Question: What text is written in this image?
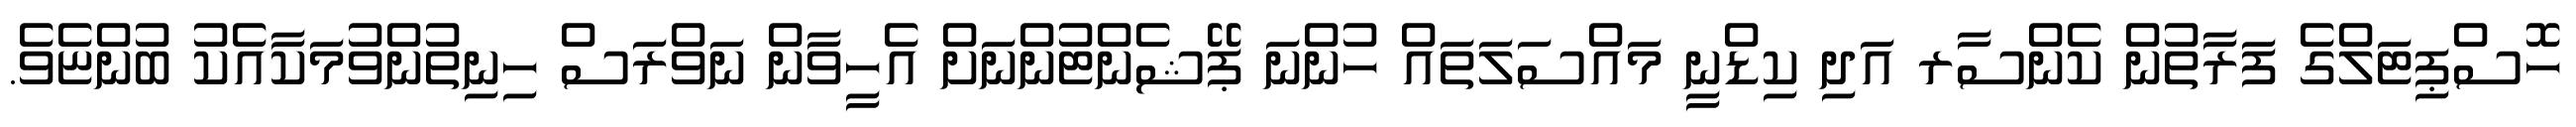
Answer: ހޮސްޕިޓަލްގެ ފަރާތުން ކެންސާރ އަދި ކިޑްނީ މައްސަލަތައް ހުންނަ ޕޭޝެންޓުންނަށް އެހީވާން ނަވްރަސް ހިނިތުންވުމަކާއެކު ބުންޏެވެ.